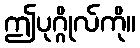
ဤပုဂ္ဂိုလ်ကို။